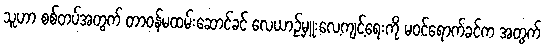
သူဟာ စစ်တပ်အတွက် တာဝန်မထမ်းဆောင်ခင် လေယာဉ်မှူးလေ့ကျင့်ရေးကို မဝင်ရောက်ခင်က အတွက်